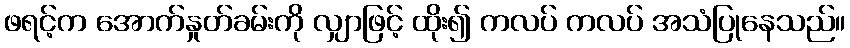
ဖရင့်က အောက်နှုတ်ခမ်းကို လျှာဖြင့် ထိုး၍ ကလပ် ကလပ် အသံပြုနေသည်။